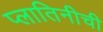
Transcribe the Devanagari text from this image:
प्लातिनीची